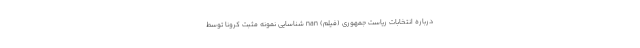
درباره انتخابات ریاست جمهوری (فیلم) nan شناسایی نمونه مثبت کرونا توسط